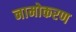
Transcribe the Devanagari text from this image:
नामोकरण